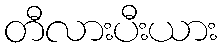
တီလားပီးယား